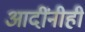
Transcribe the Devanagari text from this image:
आदींनीही